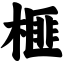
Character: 榧